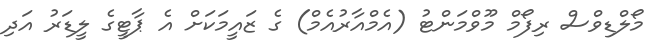
މޯލްޑިވްސް ރިފޯމް މޫވްމަންޓު (އެމްއާރުއެމް) ގެ ޒައީމަކަށް އެ ޕާޓީގެ ލީޑަރު އަދި